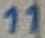
Text: 11